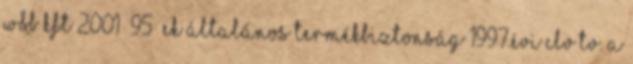
W&B Kft 2001 95 EK általános termékbiztonság 1997.évi CLV tv. a